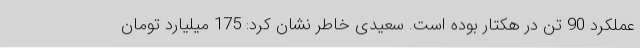
عملکرد 90 تن در هکتار بوده است. سعیدی خاطر نشان کرد: 175 میلیارد تومان